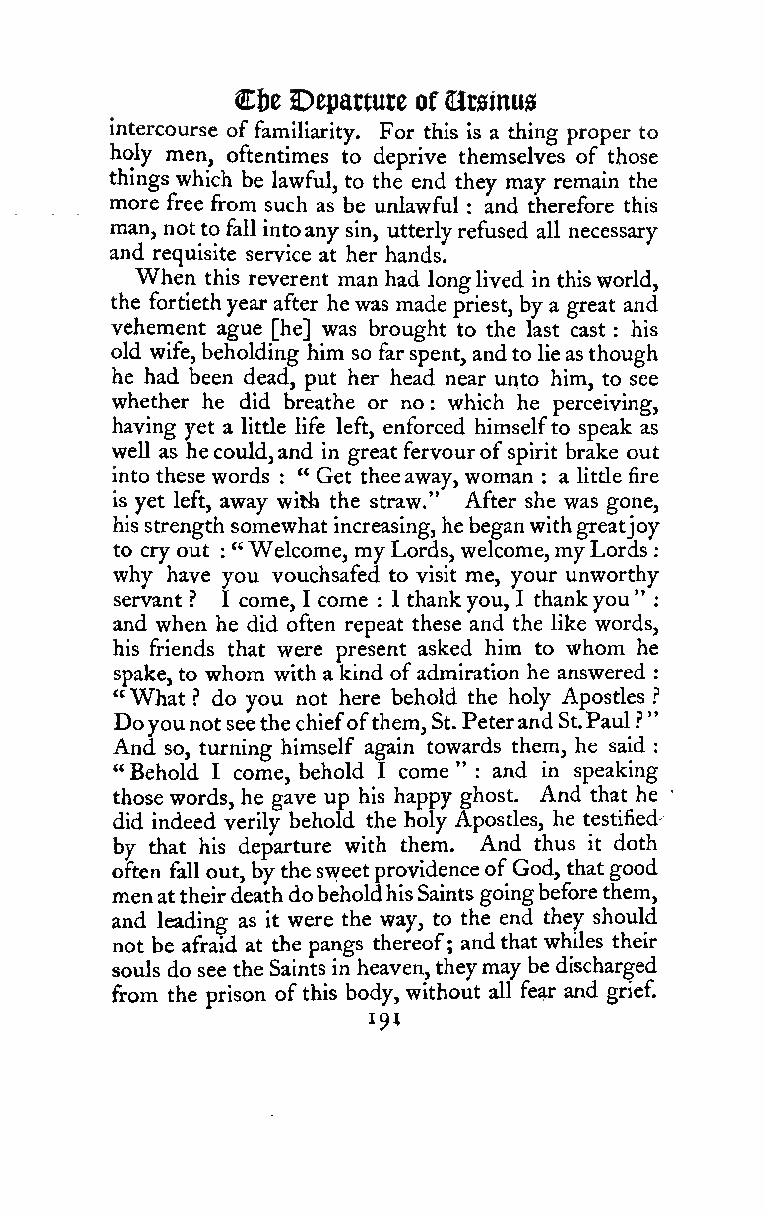
€tt Departure of Orsinus
 intercourse offamiliarity. For this is a thing proper to
 holy men, oftentimes to deprive themselves of those
 thmgs which be lawful, to the end they may remain the
 more free from such as be unlawful and therefore this
 :
 man, notto fall intoany sin, utterlyrefused all necessary
 and requisite service at her hands.
 When this reverent man had longlived in thisworld,
 the fortiethyear after hewas made priest, by a great and
 vehement ague [he] was brought to the last cast : his
 old wife,beholding him so farspent, andto lieasthough
 he had been dead, put her head near unto him, to see
 whether he did breathe or no which he perceiving,
 :
 having yet a little life left, enforced himselfto speak as
 well as hecould,and in greatfervourofspirit brake out
 into these words : " Get theeaway, woman : a little fire
 is yet left, away with the straw." After she was gone,
 hisstrength somewhat increasing,hebeganwithgreatjoy
 to cry out "Welcome, myLords, welcome,myLords
 :                           :
 why have you vouchsafed to visit me, your unworthy
 servant .'' I come, I come : 1 thankyou, I thankyou" :
 and when he did often repeat these and the like words,
 his friends that were present asked him to whom he
 spake,to whom with a kind ofadmiration he answered :
 "What ? do you not here behold the holy Apostles ?
 Doyounotseethechiefofthem,St. PeterandSt.Paul?"
 And so, turning himself again towards them, he said :
 "Behold I come, behold I come " : and in speaking
 thosewords, he gave up his happy ghost. And that he
 did indeed verily behold the holy Apostles, he testified-
 by that his departure with them. And thus it doth
 often fall out, bythesweetprovidenceofGod, thatgood
 men attheirdeathdobeholdhisSaints goingbeforethem,
 and leading as it were the way, to the end they should
 not be afraid at the pangs thereof; andthat whiles their
 souls do see the Saints in heaven,theymaybe discharged
 from the prison ofthis body, without all fe^ and grief.
 191